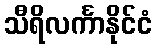
သီရိလင်္ကာနိုင်ငံ